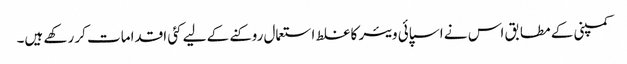
کمپنی کے مطابق اس نے اسپائی ویئر کا غلط استعمال روکنے کے لیے کئی اقدامات کر رکھے ہیں۔